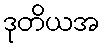
ဒုတိယအ